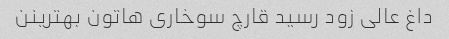
داغ عالی زود رسید قارچ سوخاری هاتون بهترینن